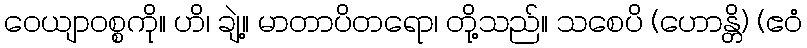
ဝေယျာဝစ္စကို။ ဟိ၊ ချဲ့။ မာတာပိတရော၊ တို့သည်။ သစေပိ (ဟောန္တိ) (ဧဝံ